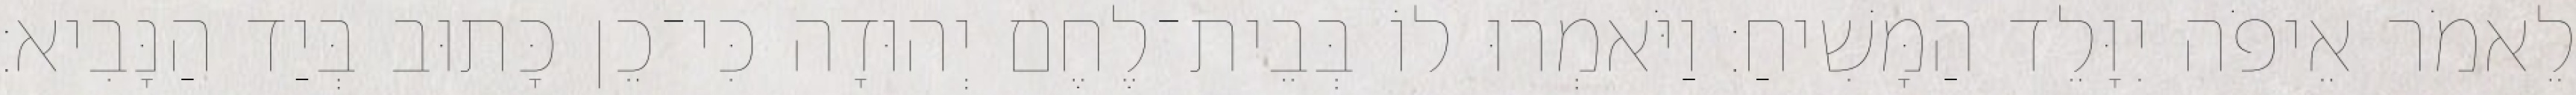
לֵאמֹר אֵיפֹה יִוָּלֵד הַמָּשִׁיחַ׃ וַיֹּאמְרוּ לוֹ בְּבֵית־לֶחֶם יְהוּדָה כִּי־כֵן כָּתוּב בְּיַד הַנָּבִיא׃